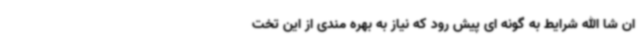
ان شا الله شرایط به گونه ای پیش رود که نیاز به بهره مندی از این تخت